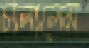
চালালেম